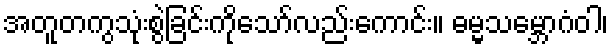
အတူတကွသုံးစွဲခြင်းကိုသော်လည်းကောင်း။ ဓမ္မသမ္ဘောဂံဝါ၊